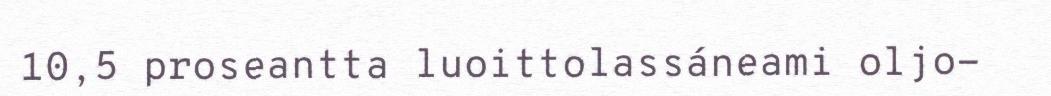
10,5 proseantta luoittolassáneami oljo-